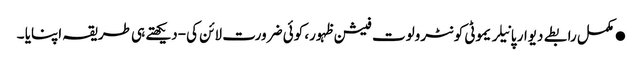
●مکمل رابطے دیوار پانیلریموٹی کونٹرولوت فیشن ظہور، کوئی ضرورت لائن کی-دیکھتے ہی طریقہ اپنایا ۔